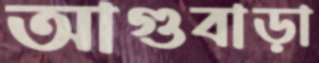
আগুবাড়া